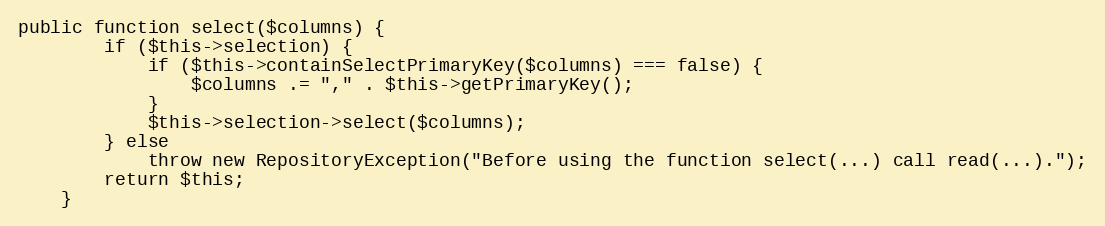
Language: PHP
public function select($columns) {
		if ($this->selection) {
			if ($this->containSelectPrimaryKey($columns) === false) {
				$columns .= "," . $this->getPrimaryKey();
			}
			$this->selection->select($columns);
		} else
			throw new RepositoryException("Before using the function select(...) call read(...).");
		return $this;
	}